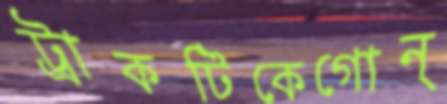
ট্রাকটিকেগোন্